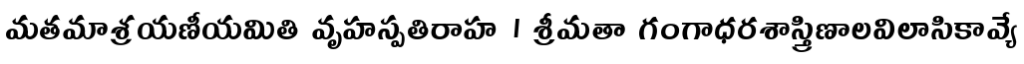
మతమాశ్రయణీయమితి వృహస్పతిరాహ । శ్రీమతా గంగాధరశాస్త్రిణాలవిలాసికావ్యే